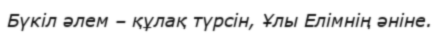
Бүкіл әлем – құлақ түрсін, Ұлы Елімнің әніне.